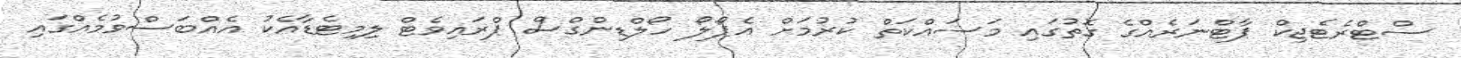
ސްޓްރެޓެޖިކް ޕާޓްނަރެއްގެ ގޮތުގައި މަސައްކަތް ކުރުމަށް އެޕޯލޯ ހޯލްޑިންގްސް ޕްރައިވެޓް ލިމިޓެޑާއެކު އެއްބަސްވުމެއްގައި